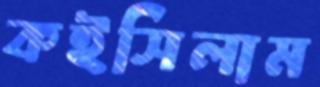
কইসিলাম